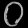
Digit: ၀